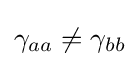
\gamma _{aa}\neq \gamma _{bb}